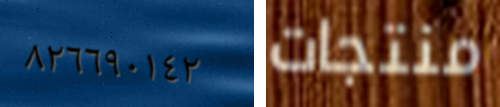
٨٢٦٦٩٠١٤٢ منتجات